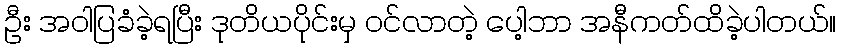
ဦး အဝါပြခံခဲ့ရပြီး ဒုတိယပိုင်းမှ ဝင်လာတဲ့ ပေါ့ဘာ အနီကတ်ထိခဲ့ပါတယ်။